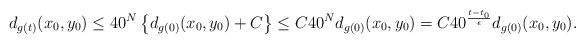
LaTeX: \begin{align*} d_{g(t)}(x_0, y_0) \leq 40^{N} \left\{ d_{g(0)}(x_0, y_0) +C \right\} \leq C 40^{N} d_{g(0)}(x_0,y_0)=C 40^{\frac{t-t_0}{\epsilon}} d_{g(0)}(x_0,y_0). \end{align*}